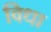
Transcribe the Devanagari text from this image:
विधा